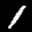
Label: 1